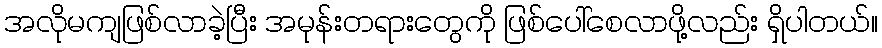
အလိုမကျဖြစ်လာခဲ့ပြီး အမုန်းတရားတွေကို ဖြစ်ပေါ်စေလာဖို့လည်း ရှိပါတယ်။